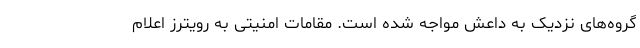
گروه‌های نزدیک به داعش مواجه شده است. مقامات امنیتی به رویترز اعلام